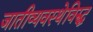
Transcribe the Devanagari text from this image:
जातीव्यवस्थेविरुद्ध